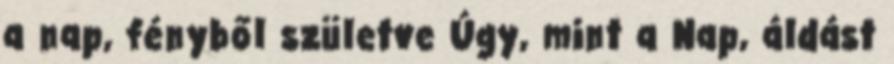
a nap, fényből születve Úgy, mint a Nap, áldást